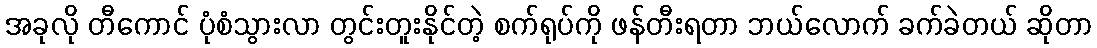
အခုလို တီကောင် ပုံစံသွားလာ တွင်းတူးနိုင်တဲ့ စက်ရုပ်ကို ဖန်တီးရတာ ဘယ်လောက် ခက်ခဲတယ် ဆိုတာ